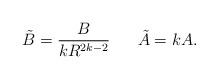
LaTeX: \begin{align*}\tilde{B}=\frac{B}{kR^{2k-2}} \;\;\;\;\;\; \tilde{A}=kA. \end{align*}